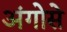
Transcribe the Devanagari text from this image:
अंगोसे